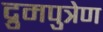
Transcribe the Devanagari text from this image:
द्रुमपुत्रेण